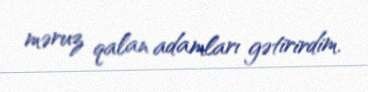
məruz qalan adamları gətirirdim.